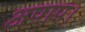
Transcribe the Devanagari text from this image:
अपाप।